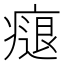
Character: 㾼